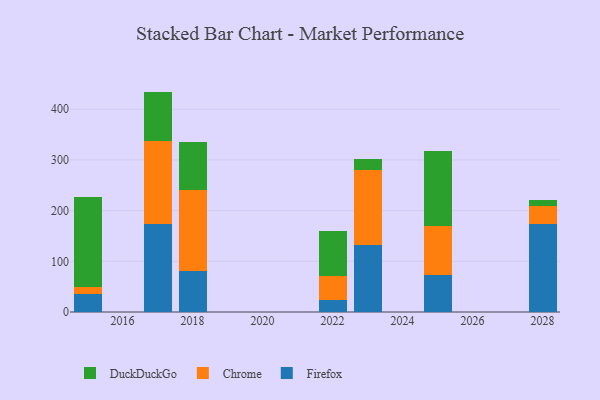
{"axis": {"x": "Year", "y": "Humidity (%)"}, "legend": ["Chrome", "DuckDuckGo", "Firefox"], "data": [{"x": "2023", "y": 131.7, "type": "Firefox"}, {"x": "2023", "y": 149.4, "type": "Chrome"}, {"x": "2023", "y": 20.7, "type": "DuckDuckGo"}, {"x": "2025", "y": 73.8, "type": "Firefox"}, {"x": "2025", "y": 95.0, "type": "Chrome"}, {"x": "2025", "y": 148.8, "type": "DuckDuckGo"}, {"x": "2017", "y": 173.9, "type": "Firefox"}, {"x": "2017", "y": 164.1, "type": "Chrome"}, {"x": "2017", "y": 96.8, "type": "DuckDuckGo"}, {"x": "2028", "y": 174.1, "type": "Firefox"}, {"x": "2028", "y": 35.3, "type": "Chrome"}, {"x": "2028", "y": 11.0, "type": "DuckDuckGo"}, {"x": "2018", "y": 80.5, "type": "Firefox"}, {"x": "2018", "y": 159.6, "type": "Chrome"}, {"x": "2018", "y": 94.5, "type": "DuckDuckGo"}, {"x": "2022", "y": 23.1, "type": "Firefox"}, {"x": "2022", "y": 47.5, "type": "Chrome"}, {"x": "2022", "y": 88.4, "type": "DuckDuckGo"}, {"x": "2015", "y": 35.5, "type": "Firefox"}, {"x": "2015", "y": 13.2, "type": "Chrome"}, {"x": "2015", "y": 178.2, "type": "DuckDuckGo"}]}